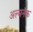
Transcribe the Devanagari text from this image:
अल्मनॅक